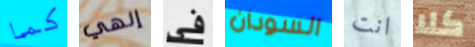
كما إلهي فى السودان انت كلا